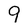
Character: 9